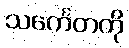
သင်္ကေတကို